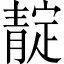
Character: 靛